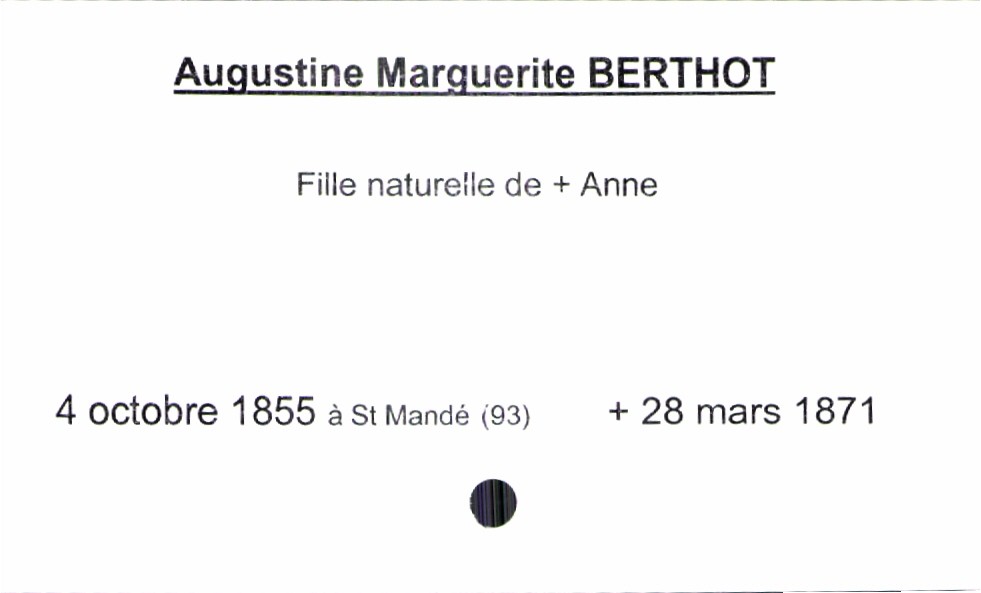
type_acte: Décès
année: 1871
mois: mars
jour: 28
observations: père inconnu
défunt_nom: Berthot
défunt_prénom: Augustine Marguerite
défunt_date_de_naissance: 4 octobre 1855
défunt_lieu_de_naissance: Saint Mandé (93)
mère_défunt_nom: Berthot
mère_défunt_prénom: Anne
mère_défunt_statut: décédée